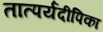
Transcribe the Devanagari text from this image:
तात्पर्यदीपिका